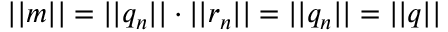
| | m | | = | | q _ { n } | | \cdot | | r _ { n } | | = | | q _ { n } | | = | | q | |